Civil Veterinary Dept. Bombay admin report 1923-31 - 1923-1931
Year: 1923
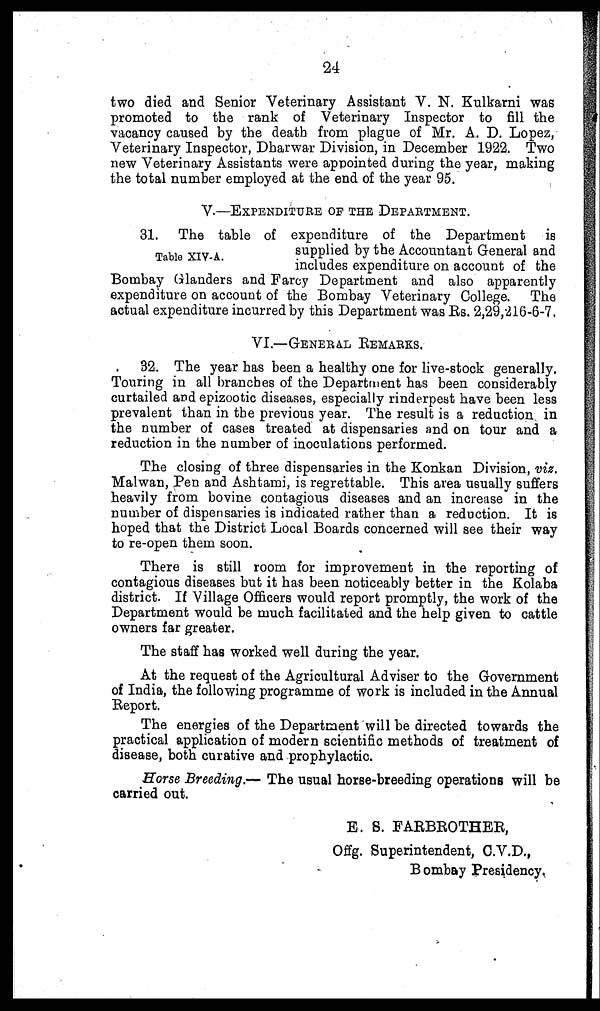
24
two died and Senior Veterinary Assistant V. N. Kulkarni was
promoted to the rank of Veterinary Inspector to fill the
vacancy caused by the death from plague of Mr. A. D. Lopez,
Veterinary Inspector, Dharwar Division, in December 1922. Two
new Veterinary Assistants were appointed during the year, making
the total number employed at the end of the year 95.
V.—EXPENDITURE OF THE DEPARTMENT.
Table XIV-A.
31. The table of expenditure of the Department is
supplied by the Accountant General and
includes expenditure on account of the
Bombay Glanders and Farcy Department and also apparently
expenditure on account of the Bombay Veterinary College. The
actual expenditure incurred by this Department was Rs. 2,29,216-6-7.
VI.—GENERAL
REMARKS.
32. The year has been a healthy one for live-stock generally.
Touring in all branches of the Department has been considerably
curtailed and epizootic diseases, especially rinderpest have been less
prevalent than in the previous year. The result is a reduction in
the number of cases treated at dispensaries and on tour and a
reduction in the number of inoculations performed.
The closing of three dispensaries in the Konkan Division, viz.
Malwan, Pen and Ashtami, is regrettable. This area usually suffers
heavily from bovine contagious diseases and an increase in the
number of dispensaries is indicated rather than a reduction. It is
hoped that the District Local Boards concerned will see their way
to re-open them soon.
There is still room for improvement in the reporting of
contagious diseases but it has been noticeably better in the Kolaba
district. If Village Officers would report promptly, the work of the
Department would be much facilitated and the help given to cattle
owners far greater.
The staff has worked well during the year.
At the request of the Agricultural Adviser to the Government
of India, the following programme of work is included in the Annual
Report.
The energies of the Department will be directed towards the
practical application of modern scientific methods of treatment of
disease, both curative and prophylactic.
Horse Breeding.— The usual horse-breeding operations will be
carried out.
E. S. FARBROTHER ,
Offg. Superintendent, C.V.D.,
Bombay Presidency.